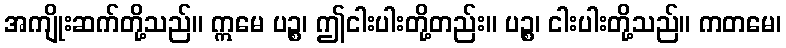
အကျိုးဆက်တို့သည်။ ဣမေ ပဉ္စ၊ ဤငါးပါးတို့တည်း။ ပဉ္စ၊ ငါးပါးတို့သည်။ ကတမေ၊